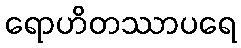
ရောဟိတဿာပရေ